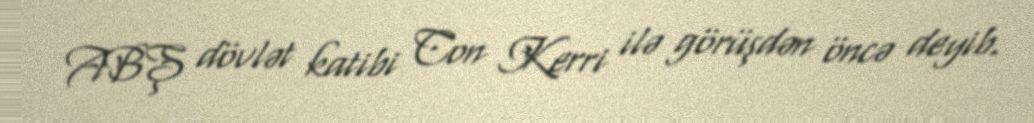
ABŞ dövlət katibi Con Kerri ilə görüşdən öncə deyib.